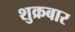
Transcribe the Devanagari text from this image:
शुक्रबार